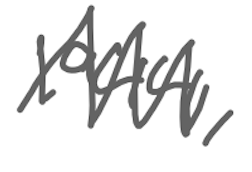
Text: 1944,
Cross-out: zig-zag
Writing tool: digital_gray